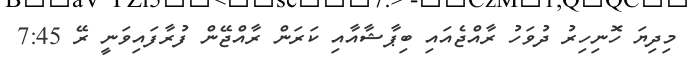
މިދިޔަ ހޮނިހިރު ދުވަހު ރާއްޖެއައި ބިޕާޝާއާއި ކަރަން ރާއްޖޭން ފުރާފައިވަނީ ރޭ 7:45